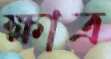
ক্ষাত্র